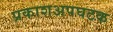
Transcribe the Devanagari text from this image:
प्रकाशअपघटक